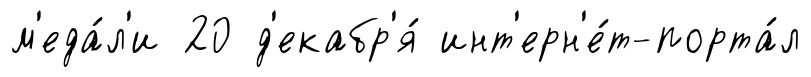
м'еда́л'и 20 д'екабр'я́ инт'ерн'е́т-порта́л